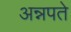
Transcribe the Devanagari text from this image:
अन्नपते